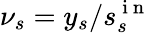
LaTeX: \nu_{s}=y_{s}/s_{s}^{\mathrm{~i~n~}}